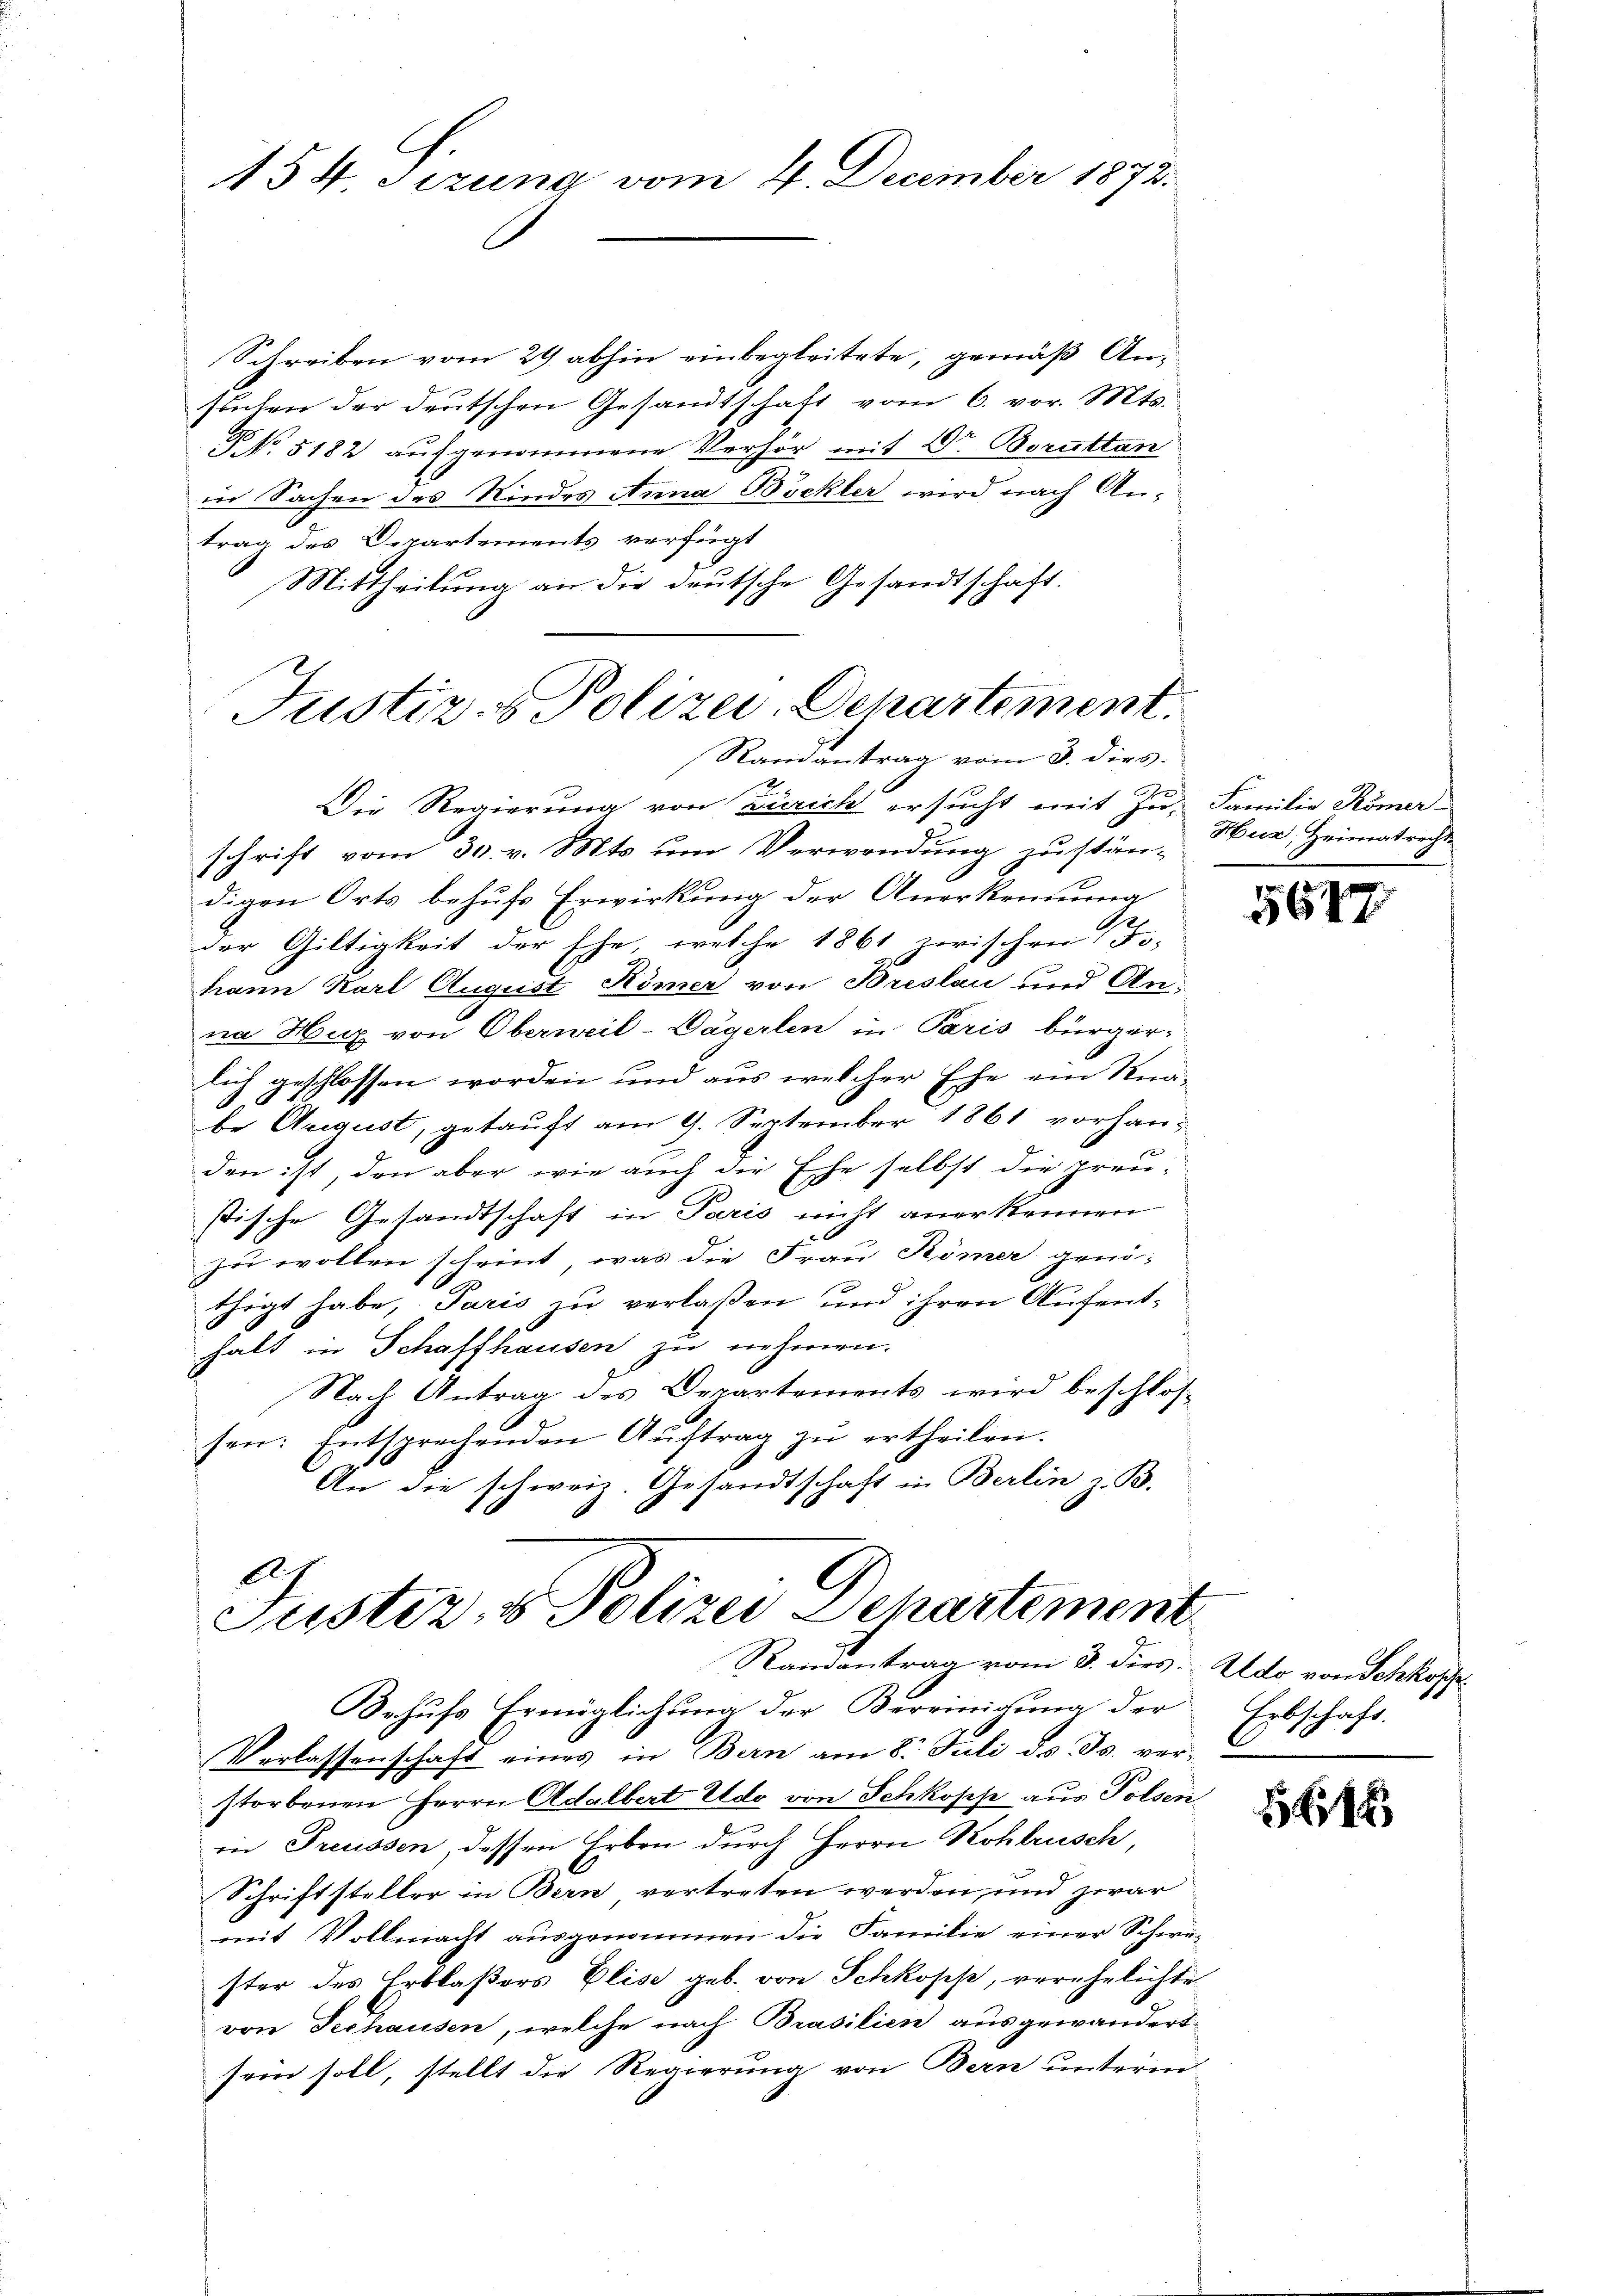
154 Sizung vom 4. December 1872

Schreiben vom 29 abhin einbegleitete, gemäß Ansachen der deutschen Gesandtschaft vom 6. vor. Mts.
NNo. 5182 aufgenommene Verhör mit Dr Boruttan
in Sachen des Kindes Anna Böckler wird nach An-
trag des Departements verfügt
Mittheilung an die deutsche Gesandtschaft.

Justiz- & Polizei-Departement.
Ramantrag vom 8. dies

2
Die Regierung von Zürich ersucht mit Zu- Familie Römer-
schrift vom 30. v. Mts. um Verwendung zustän-
digen Orts behufs Erwirkung der Anerkennung
der Giltigkeit der Ehe, welche 1861 zwischen Fo-
hann Karl August Römer von Breslau und An-
na Hur von Oberweil-Dägerlen in Paris bürger-
lich geschlossen worden und aus welcher Ehe ein Knabe August, getauft am 9. September 1861 vorhanden ist, den aber wie auch die Ehe selbst die preu-
stische Gesandtschaft in Paris nicht anerkennen
zu wollen scheint, was die Frau Römer genithigt habe, Paris zu verlaßen und ihren Aufenthalt in Schaffhausen zu nehmen.
Nach Antrag des Departements wird beschlossen: Entsprechenden Aŭftrag zŭ ertheilen.
An die schweiz. Gesandtschaft in Berlin z. B.

Ah
Justiz- & Polizei Departement
Randantrag vom 3. dies. Ado von Schkopp

Behufs Ermöglichung der Vereinigung der
Verlassenschaft eines in Bern am 8. Juli d. Js. verstorbenen Herrn Adalbert Eldo von Schkopfe aus Polsen
in Preussen, dessen Erben durch Herrn Kohlrusch
Schriftsteller in Bern vertreten werden, und zwar
mit Vollmacht ausgenommen die Familie einer Schwe-
ster des Erblasers Elise geb. von Schkopp, verehelichte
von Fechausen, welche nach Brasilien ausgewandert
sein soll, stellt die Regierung von Bern unterm

Hur, Heimatrech

5647

Erbschaft.

584